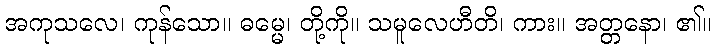
အကုသလေ၊ ကုန်သော။ ဓမ္မေ၊ တို့ကို။ သမူလေဟီတိ၊ ကား။ အတ္တနော၊ ၏။